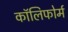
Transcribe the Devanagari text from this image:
कॉलिफोर्म